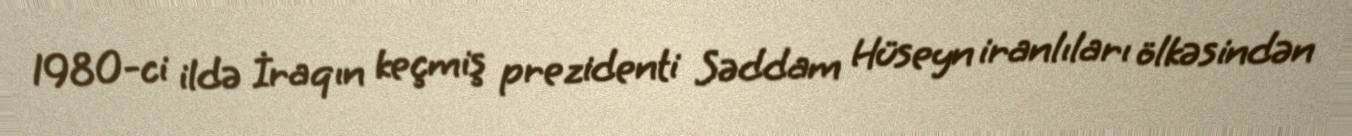
1980-ci ildə İraqın keçmiş prezidenti Səddam Hüseyn iranlıları ölkəsindən